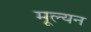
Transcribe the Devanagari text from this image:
मूल्‍यन